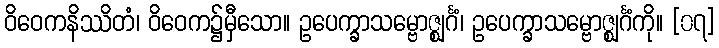
ဝိဝေကနိဿိတံ၊ ဝိဝေက၌မှီသော။ ဥပေက္ခာသမ္ဗောဇ္ဈင်္ဂံ၊ ဥပေက္ခာသမ္ဗောဇ္ဈင်္ဂံကို။ [၀၇]